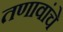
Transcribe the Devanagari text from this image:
तणावांचे